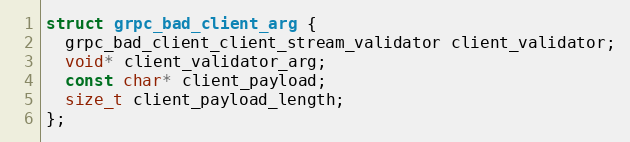
Language: C
struct grpc_bad_client_arg {
  grpc_bad_client_client_stream_validator client_validator;
  void* client_validator_arg;
  const char* client_payload;
  size_t client_payload_length;
};